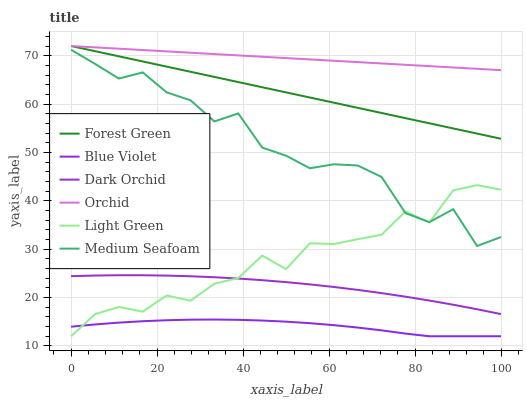
| xaxis_label | Forest Green | Blue Violet | Dark Orchid | Orchid | Light Green | Medium Seafoam |
 | --- | --- | --- | --- | --- | --- | --- |
 | 0 | 72 | 14 | 24.4 | 72 | 12 | 71.2 |
 | 5.56 | 70.9 | 14.4 | 24.6 | 71.7 | 16.6 | 68.3 |
 | 11.1 | 69.9 | 14.8 | 24.6 | 71.4 | 18.1 | 65.3 |
 | 16.7 | 68.8 | 15.1 | 24.6 | 71.2 | 17.1 | 66.5 |
 | 22.2 | 67.7 | 15.3 | 24.5 | 70.9 | 20.4 | 62.4 |
 | 27.8 | 66.7 | 15.4 | 24.4 | 70.6 | 19.3 | 60.8 |
 | 33.3 | 65.6 | 15.5 | 24.2 | 70.3 | 22.9 | 56.4 |
 | 38.9 | 64.5 | 15.4 | 23.9 | 70.1 | 24 | 58.1 |
 | 44.4 | 63.5 | 15.3 | 23.6 | 69.8 | 28.7 | 51 |
 | 50 | 62.4 | 15 | 23.2 | 69.5 | 25.9 | 49.3 |
 | 55.6 | 61.4 | 14.7 | 22.7 | 69.2 | 31.2 | 46.7 |
 | 61.1 | 60.3 | 14.3 | 22.2 | 68.9 | 31.1 | 47.5 |
 | 66.7 | 59.2 | 13.8 | 21.6 | 68.7 | 32.1 | 47.3 |
 | 72.2 | 58.2 | 13.2 | 20.9 | 68.4 | 33 | 44.9 |
 | 77.8 | 57.1 | 12.6 | 20.2 | 68.1 | 37.8 | 37.5 |
 | 83.3 | 56 | 12 | 19.4 | 67.8 | 35.5 | 35.6 |
 | 88.9 | 55 | 12 | 18.5 | 67.6 | 42.2 | 38.3 |
 | 94.4 | 53.9 | 12 | 17.6 | 67.3 | 43.2 | 30.7 |
 | 100 | 52.8 | 12 | 16.6 | 67 | 42.3 | 32.5 |